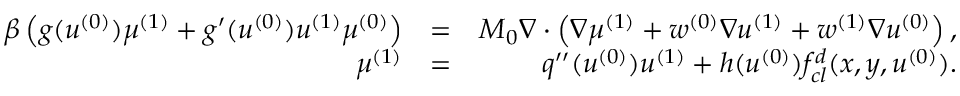
\begin{array} { r l r } { \beta \left( g ( u ^ { ( 0 ) } ) \mu ^ { ( 1 ) } + g ^ { \prime } ( u ^ { ( 0 ) } ) u ^ { ( 1 ) } \mu ^ { ( 0 ) } \right) } & { = } & { M _ { 0 } \nabla \cdot \left( \nabla \mu ^ { ( 1 ) } + w ^ { ( 0 ) } \nabla u ^ { ( 1 ) } + w ^ { ( 1 ) } \nabla u ^ { ( 0 ) } \right) , } \\ { \mu ^ { ( 1 ) } } & { = } & { q ^ { \prime \prime } ( u ^ { ( 0 ) } ) u ^ { ( 1 ) } + h ( u ^ { ( 0 ) } ) f _ { c l } ^ { d } ( x , y , u ^ { ( 0 ) } ) . } \end{array}